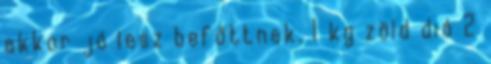
akkor jó lesz befőttnek. 1 kg zöld dió 2